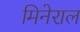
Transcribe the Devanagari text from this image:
मिनेराल